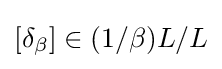
[\delta _{\beta }]\in (1/\beta )L/L